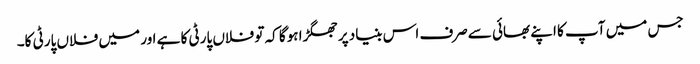
جس میں آپ کا اپنے بھائی سےصرف اس بنیاد پر جھگڑا ہوگا کہ تو فلاں پارٹی کا ہے اور میں فلاں پارٹی کا۔